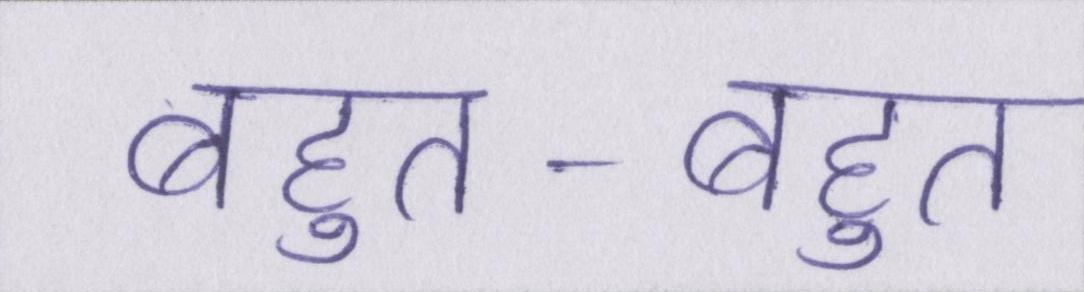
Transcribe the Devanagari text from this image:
बहुत-बहुत